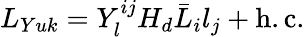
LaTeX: L_{Yuk}=Y_{l}^{ij}H_{d}\bar{L}_{i}l_{j}+\mathrm{h.c.}